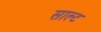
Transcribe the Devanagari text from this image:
साल्‍ट